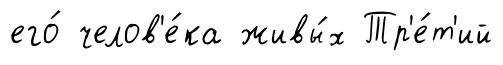
его́ челов'е́ка живы́х Тр'е́т'ий